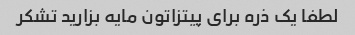
لطفا یک ذره برای پیتزاتون مایه بزارید تشکر